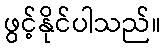
ဖွင့်နိုင်ပါသည်။